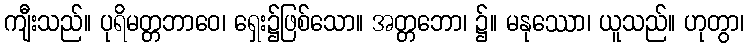
ကျီးသည်။ ပုရိမတ္တဘာဝေ၊ ရှေး၌ဖြစ်သော။ အတ္တဘော၊ ၌။ မနုဿော၊ ယူသည်။ ဟုတွာ၊